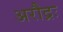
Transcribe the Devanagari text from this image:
अरौद्रः